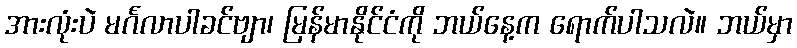
အားလုံးပဲ မင်္ဂလာပါခင်ဗျာ၊ မြန်မာနိုင်ငံကို ဘယ်နေ့က ရောက်ပါသလဲ။ ဘယ်မှာ